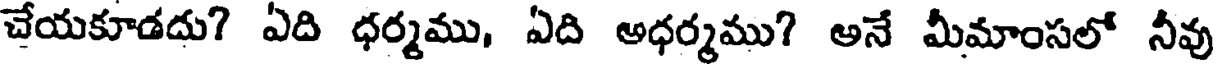
చేయకూడదు? ఏది ధర్మము, ఏది అధర్మము? అనే మీమాంసలో నీవు